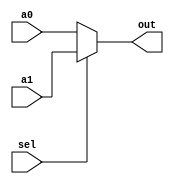
/*
   Assignment No. - 7
   KGP-RISC
   Semester - 5 (Autumn 2021-22)
   Group No. - 30
   Group Members - Ashutosh Kumar Singh (19CS30008) & Vanshita Garg (19CS10064)
*/

`timescale 1ns / 1ps

// A 2x1 mux with 32-bit output
module mux_32b_2_1 (
    input [31:0] a0, 
    input [31:0] a1, 
    input sel, 
    output [31:0] out
);
    
    assign out = (sel) ? a1 : a0;

endmodule